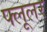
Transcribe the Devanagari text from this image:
फ्लूलर